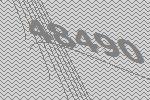
48490